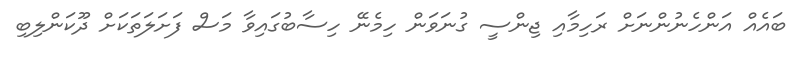
ބައެއް އަންހެނުންނަށް ރަހިމާއި ޖިންސީ ގުނަވަން ހިމެނޭ ހިސާބުގައިވާ މަސް ފަށަލަތަކަށް ދޫކަންލިބި